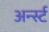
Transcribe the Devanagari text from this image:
अर्न्‍स्ट